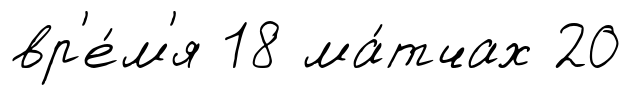
вр'е́м'я 18 ма́тчах 20